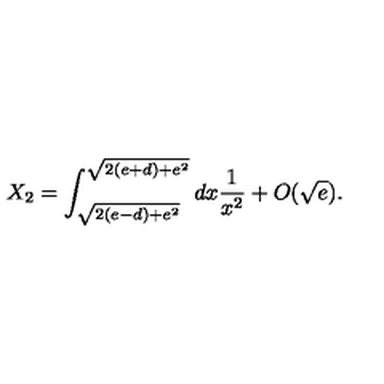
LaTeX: X _ { 2 } = \int _ { \sqrt { 2 ( e - d ) + e ^ { 2 } } } ^ { \sqrt { 2 ( e + d ) + e ^ { 2 } } } d x { \frac { 1 } { x ^ { 2 } } } + O ( \sqrt { e } ) .